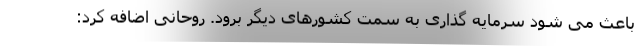
باعث می شود سرمایه گذاری به سمت کشورهای دیگر برود. روحانی اضافه کرد: